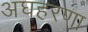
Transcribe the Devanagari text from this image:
अघहरणा